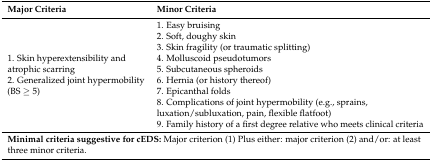
| Major Criteria | Minor Criteria |
 | --- | --- |
 | 1. Skin hyperextensibility and atrophic scarring2. Generalized joint hypermobility (BS ≥ 5) | 1. Easy bruising2. Soft, doughy skin3. Skin fragility (or traumatic splitting)4. Molluscoid pseudotumors5. Subcutaneous spheroids6. Hernia (or history thereof)7. Epicanthal folds8. Complications of joint hypermobility (e.g., sprains, luxation/subluxation, pain, flexible flatfoot)9. Family history of a first degree relative who meets clinical criteria |
 | <COLSPAN=2> Minimal criteria suggestive for cEDS: Major criterion (1) Plus either: major criterion (2) and/or: at least three minor criteria. |